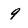
Character: 9